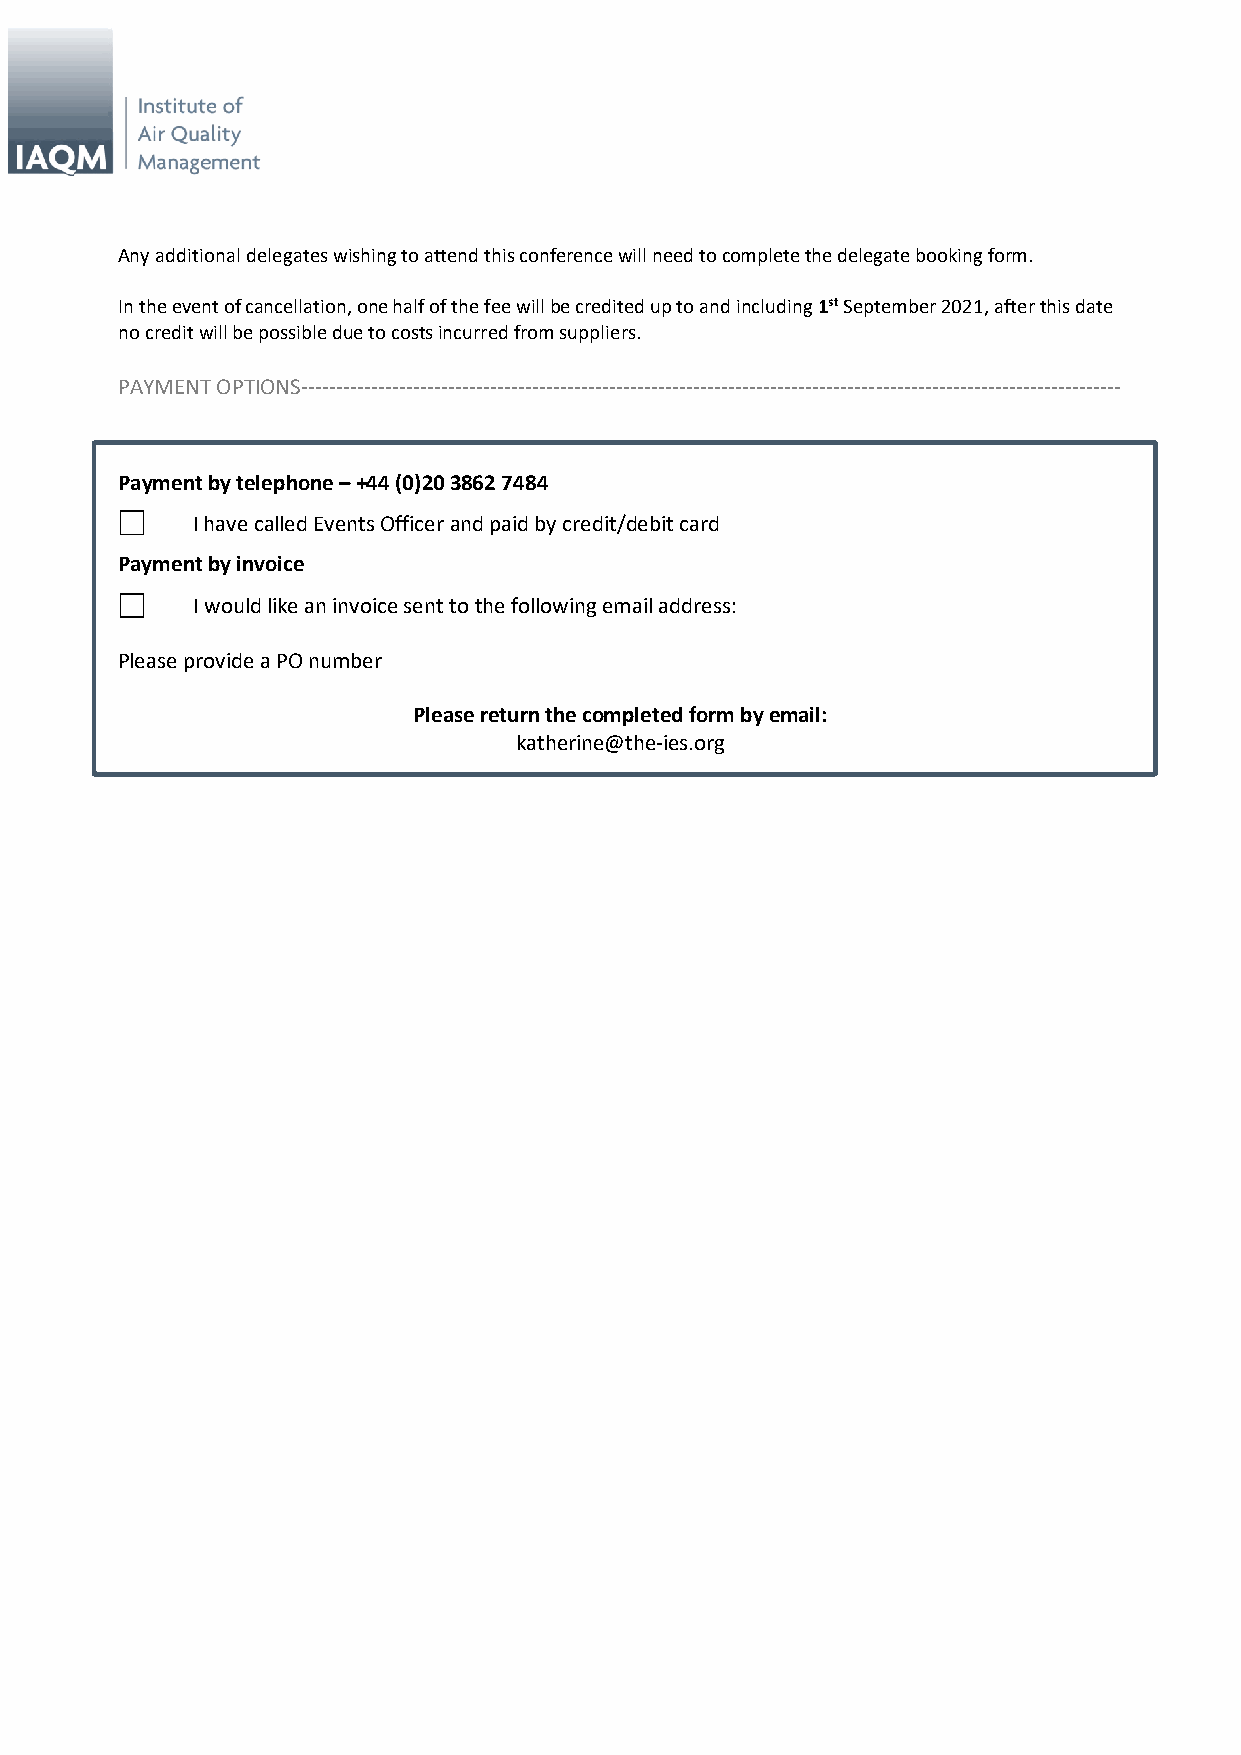
Any additional delegates wishing to attend this conference will need to complete the delegate booking form.
 In the event of cancellation, one half of the fee will be credited up to and including 1st September 2021, after this date
 no credit will be possible due to costs incurred from suppliers.
 PAYMENT OPTIONS---------------------------------------------------------------------------------------------------------------------
 Payment by telephone – +44 (0)20 3862 7484
 I have called Events Officer and paid by credit/debit card
 Payment by invoice
 I would like an invoice sent to the following email address:
 Please provide a PO number
 Please return the completed form by email:
 katherine@the-ies.org